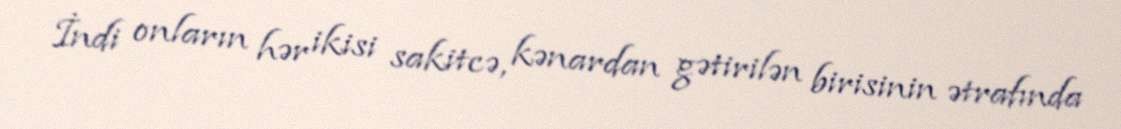
İndi onların hər ikisi sakitcə, kənardan gətirilən birisinin ətrafında